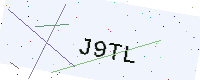
Text: J9TL